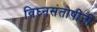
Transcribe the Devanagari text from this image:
विघ्नसंतोषींनी